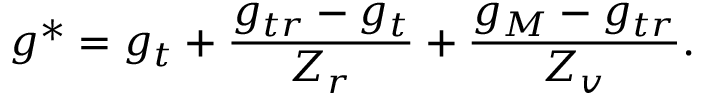
g ^ { \ast } = g _ { t } + \frac { g _ { t r } - g _ { t } } { Z _ { r } } + \frac { g _ { M } - g _ { t r } } { Z _ { v } } .